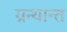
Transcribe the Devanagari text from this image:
ग्रन्थान्त